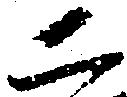
二